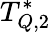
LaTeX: T_{Q,2}^{*}